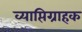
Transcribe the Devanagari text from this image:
व्याप्तिग्राहक